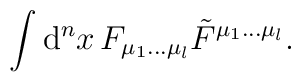
\int {\rm d}^nx\, F_{\mu_1\ldots\mu_l} \tilde F^{\mu_1\ldots \mu_l}.